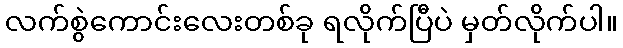
လက်စွဲကောင်းလေးတစ်ခု ရလိုက်ပြီပဲ မှတ်လိုက်ပါ။